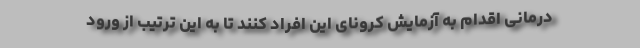
درمانی اقدام به آزمایش کرونای این افراد کنند تا به این ترتیب از ورود